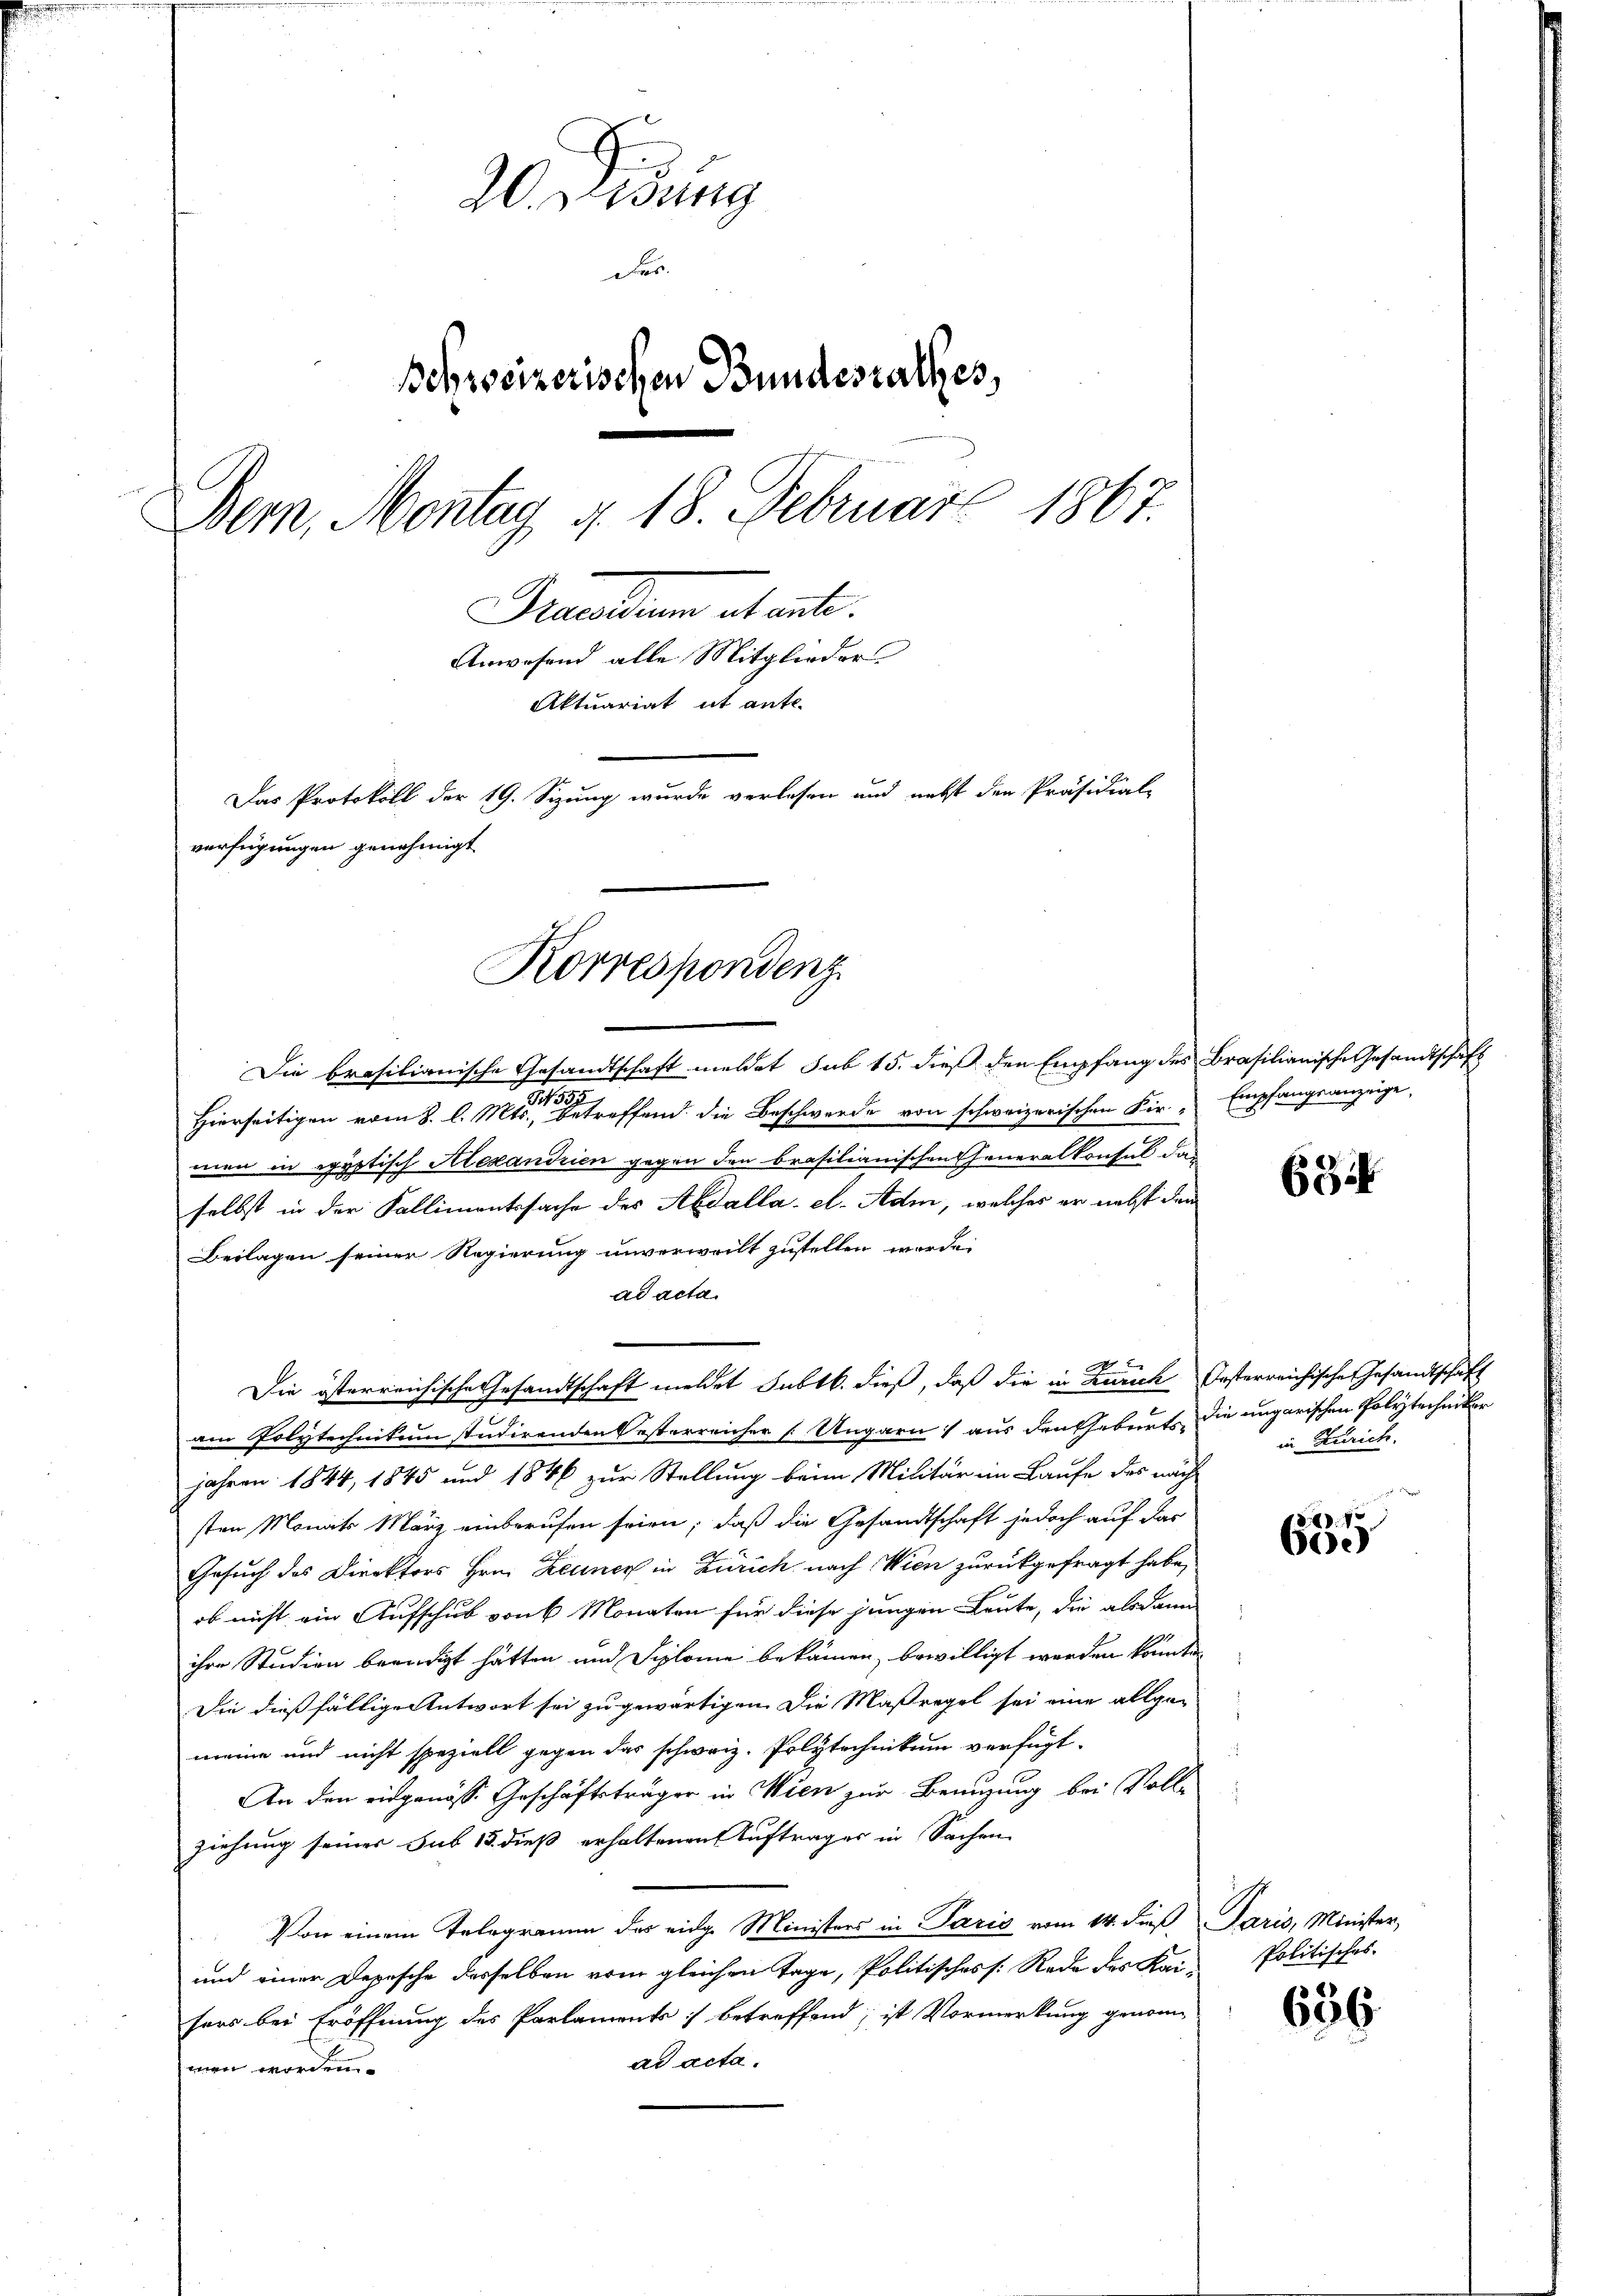
20 Didung
d
Bohweizerischen Bundesrathes,
1
Bern, Montag 4. 18. Februar
Diealten teilt.
Anwesend alle Mitglieder
Aktuariat it ante-
Das Protokoll der 19. Sizung wurde verlesen und nebst den Präsidial-
verfügungen genehmigt

Die brasilianische Gesandtschaft meldet sub 15. dieß den Empfang des Brasilianische Gesandtschaft
59
Hierseitigen vom 8. l. Mts., betreffend die Beschwerde von schweizerischen Fir. - Empfangsanzeige,
men in egyptisch Alexandrien gegen den brasilianischen Generalkonsul das
selbst in der Fallimentssache des Abdalla. el. Adm, welches er nebst den
Beilagen seiner Regierung unverweilt zustellen werde.
ad acta.
A
Die österreichische Gesandtschaft meldet subtb. dieß, daß die in Zürich Oesterreichische Gesandtschaft
am Polytechnikum studirenden Pesterreicher [Ungarn) aus den Geburts die ungarischen Polytechniker
jahren 1844, 1845 und 1846 zur Stellung beim Militär im Laufe des näch
sten Monats März einberufen seien; daß die Gesandtschaft jedoch auf das
Gesuch des Direktors Hrn. Zeuner in Zürich nach Wien zurückgefragt habe,
ob nicht ein Aufschub von 6 Monaten für diese jungen Leute, die alsdann
ihre Studien beendigt hätten und Siplome bekämen, bewilligt werden könnte
Die dießfällige Antwort sei zu gewärtigen. Die Maßregel sei eine allge-
meine und nicht speziell gegen das schweiz. Polytechnikum verfügt.
u
An den eidgenöss. Geschäftsträger in Wien zur Benuzung bei Volle
ziehung seiner sub 15. dieß erhaltenen Auftrages in Sachen
Von einem Telegramm des eidge Ministers in Paris vom 14. dieß, Paris, Minister,
und einer Depesche desselben vom gleichen Tage, Politisches s. Rede des Kai-
sers bei Eröffnung des Parlaments betreffend; ist Vormerkung genomad acta.
wen worden.

Korrespondenz

63

in Zürich.

132. 75
60e

Politisches.

636.